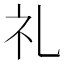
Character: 礼